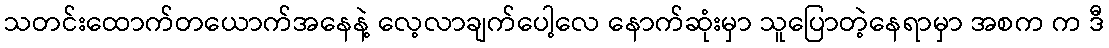
သတင်းထောက်တယောက်အနေနဲ့ လေ့လာချက်ပေါ့လေ နောက်ဆုံးမှာ သူပြောတဲ့နေရာမှာ အစက က ဒီ